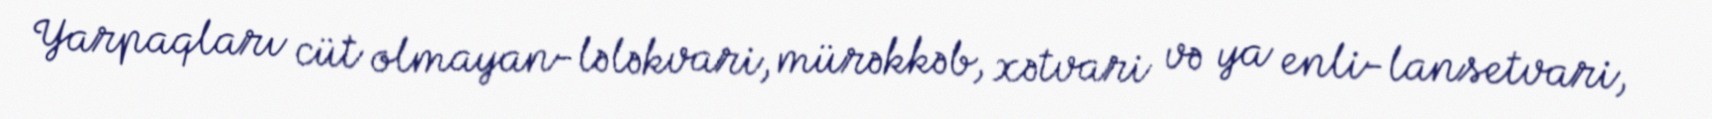
Yarpaqları cüt olmayan-lələkvari, mürəkkəb, xətvari və ya enli-lansetvari,